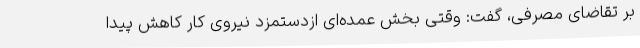
بر تقاضای مصرفی، گفت: وقتی بخش عمده‌ای ازدستمزد نیروی کار کاهش پیدا